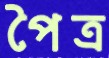
পৈত্র